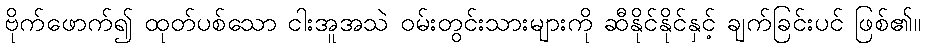
ဗိုက်ဖောက်၍ ထုတ်ပစ်သော ငါးအူအသဲ ဝမ်းတွင်းသားများကို ဆီနိုင်နိုင်နှင့် ချက်ခြင်းပင် ဖြစ်၏။